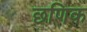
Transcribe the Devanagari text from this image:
छणिक